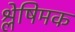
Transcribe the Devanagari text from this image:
श्लेषिमक